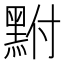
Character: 𪐻